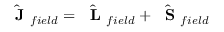
\hat { \mathrm { ~ \bf ~ J ~ } } _ { f i e l d } = \hat { \mathrm { ~ \bf ~ L ~ } } _ { f i e l d } + \hat { \mathrm { ~ \bf ~ S ~ } } _ { f i e l d }